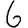
Digit: 6